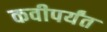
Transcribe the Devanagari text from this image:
कवीपर्यंत